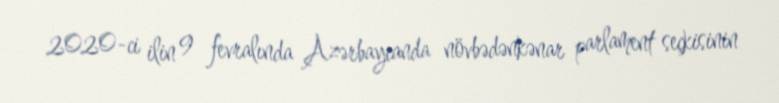
2020-ci ilin 9 fevralında Azərbaycanda növbədənkənar parlament seçkisinin